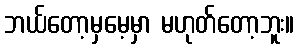
ဘယ်တော့မှမေ့မှာ မဟုတ်တော့ဘူး။